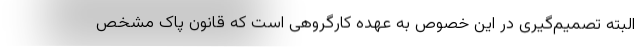
البته تصمیم‌گیری در این خصوص به عهده کارگروهی است که قانون پاک مشخص